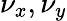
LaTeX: \nu_{x},\nu_{y}